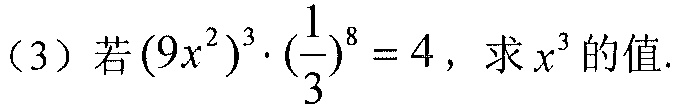
（3）若\((9x^{2})^{3}\cdot(\frac{1}{3})^{8}=4\)，求\(x^{3}\)的值.